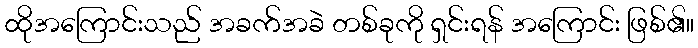
ထိုအကြောင်းသည် အခက်အခဲ တစ်ခုကို ရှင်းရန် အကြောင်း ဖြစ်၏။